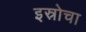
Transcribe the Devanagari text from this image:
इस्रोचा